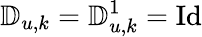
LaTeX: \mathbb{D}_{u,k}=\mathbb{D}_{u,k}^{1}=\mathrm{Id}